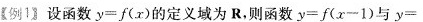
【例1】设函数$$y=f(x)$$的定义域为R，则函数$$y=f(x-1)$$与y=